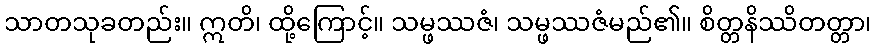
သာတသုခတည်း။ ဣတိ၊ ထို့ကြောင့်။ သမ္ဖဿဇံ၊ သမ္ဖဿဇံမည်၏။ စိတ္တနိဿိတတ္တာ၊